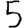
Digit: 5